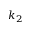
k _ { 2 }